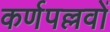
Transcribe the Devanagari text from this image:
कर्णपल्लवों